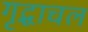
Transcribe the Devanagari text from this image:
गृद्धाचल